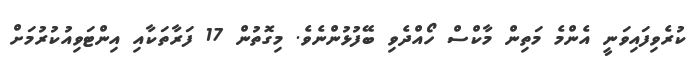
ކުރެވިފައިވަނީ އެންމެ މަތިން މާކްސް ހޯއްދެވި ބޭފުޅުންނެވެ. މިގޮތުން 17 ފަރާތަކާއި އިންޓަވިއުކުރުމަށް